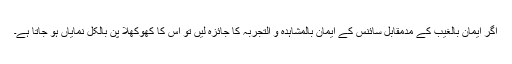
اگر ایمان بالغیب کے مدمقابل سائنس کے ایمان بالمشاہدہ و التجربہ کا جائزہ لیں تو اس کا کھوکھلا پن بالکل نمایاں ہو جاتا ہے۔